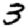
Digit: 3